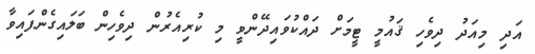
އަދި މިއަދު ދިވެހި ޤައުމީ ޓީމަށް ދައްކުވައިދޭންވީ މި ކުރިއެރުން ދިވެހިން ބަލައިގެންފައިވާ